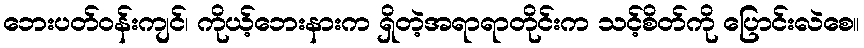
ဘေးပတ်ဝန်းကျင်၊ ကိုယ့်ဘေးနားက ရှိတဲ့အရာရာတိုင်းက သင့်စိတ်ကို ပြောင်းလဲစေ။